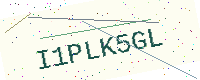
Text: I1PLK5GL